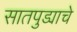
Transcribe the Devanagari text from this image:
सातपुड्याचे